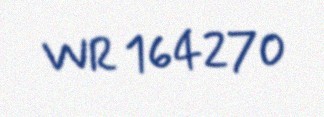
WR 164270